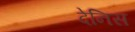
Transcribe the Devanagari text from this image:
देनिस